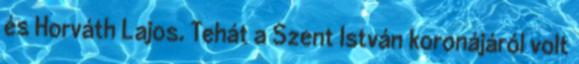
és Horváth Lajos. Tehát a Szent István koronájáról volt